Bulletin of the Pasteur Institute of Southern India, Coonoor - No. 3.
Year: 1910
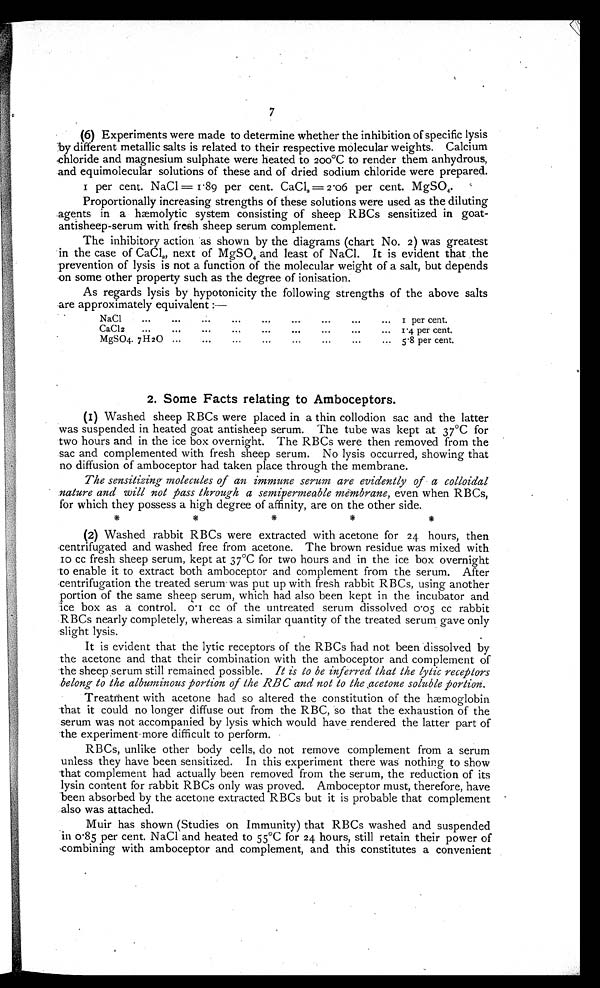
7
(6) Experiments were made to determine whether the inhibition of specific lysis
by different metallic salts is related to their respective molecular weights. Calcium
-chloride and magnesium sulphate were heated to 200°C to render them anhydrous,
and equimolecular solutions of these and of dried sodium chloride were prepared.
I per cent. NaCl = 1 . 89 per cent. CaC12.= 2.06 per cent. MgSO4.
Proportionally increasing strengths of these solutions were used as the diluting
agents in a haemolytic system consisting of sheep RBCs sensitized in goat-
antisheep-serum with fresh sheep serum complement.
The inhibitory action as shown by the diagrams (chart No. 2) was greatest
in the case of CaC12 next of MgSO4 and least of NaCl. It is evident that the
prevention of lysis is not a function of the molecular weight of a salt, but depends
on some other property such as the degree of ionisation.
As regards lysis by hypotonicity the following strengths of the above salts
are approximately equivalent :—
NaC1.
. . .
...
...
...
per cent.
CaC1 2
...
...
...
...
...
...
... I.4 per cent.
MgSO4. 7 H 2 0 ...
. . .
. .
.
. . •
...
. . .
. . .
5.8 per cent.
2. Some Facts relating to Amboceptors.
(I) Washed sheep RBCs were placed in a thin collodion sac and the latter
was suspended in heated goat antisheep serum. The tube was kept at 37°C for
two hours and in the ice box overnight. The RBCs were then removed from the
sac and complemented with fresh sheep serum. No lysis occurred, showing that
no diffusion of amboceptor had taken place through the membrane.
The sensitizing molecules of an immune serum are evidently of a colloidal
nature and will not pass through a semipermeable membrane, even when RBCs,
for which they possess a high degree of affinity, are on the other side.
(2) Washed rabbit RBCs were extracted with acetone for 24 hours, then
centrifugated and washed free from acetone. The brown residue was mixed with
10 cc fresh sheep serum, kept at 37°C for two hours and in the ice box overnight
to enable it to extract both amboceptor and complement from the serum. After
centrifugation the treated serum was put up with fresh rabbit RBCs, using another
portion of the same sheep serum, which had also been kept in the incubator and
ice box as a control. 0•1 cc of the untreated serum dissolved 0 .05 cc rabbit
RBCs nearly completely, whereas a similar quantity of the treated serum gave only
slight lysis.
It is evident that the lytic receptors of the RBCs had not been dissolved by
the acetone and that their combination with the amboceptor and complement of
the sheep serum still remained possible. It is to be inferred that the lytic receptors
belong to the albuminous portion of the .RBC and not to the acetone soluble portion.
Treatment with acetone had so altered the constitution of the h ae moglobin
that it could no longer diffuse out from the RBC, so that the exhaustion of the
serum was not accompanied by lysis which would have rendered the latter part of
the experiment more difficult to perform.
RBCs, unlike other body cells, do not remove complement from a serum
unless they have been sensitized. In this experiment there was nothing to show
that complement had actually been removed from the serum, the reduction of its
lysin content for rabbit RBCs only was proved. Amboceptor must, therefore, have
been absorbed by the acetone extracted RBCs but it is probable that complement
also was attached.
Muir has shown (Studies on Immunity) that RBCs washed and suspended
in 0 . 85 per cent. NaC1 and heated to 55°C for 24 hours, still retain their power of
combining with amboceptor and complement, and this constitutes a convenient